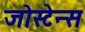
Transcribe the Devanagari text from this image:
जोस्टेन्स